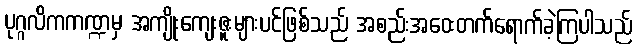
ပုဂ္ဂလိကကဏ္ဍမှ အကျိုးကျေးဇူးများပင်ဖြစ်သည် အစည်းအဝေးတက်ရောက်ခဲ့ကြပါသည်